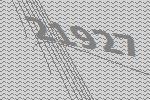
21927